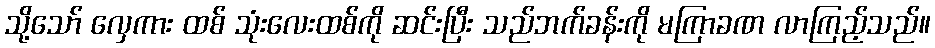
သို့သော် လှေကား ထစ် သုံးလေးထစ်ကို ဆင်းပြီး သည်ဘက်ခန်းကို မကြာခဏ လာကြည့်သည်။